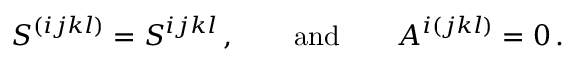
S ^ { ( i j k l ) } = S ^ { i j k l } \, , \qquad \mathrm { a n d } \qquad A ^ { i ( j k l ) } = 0 \, .